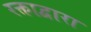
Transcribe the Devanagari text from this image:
रक्ताद्वारा